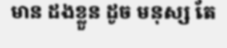
មាន ដងខ្លួន ដូច មនុស្ស តែ